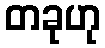
တခုဟု